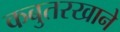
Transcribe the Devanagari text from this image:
कबुतरखाने